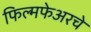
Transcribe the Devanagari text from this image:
फिल्मफेअरचे